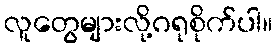
လူတွေများလို့ဂရုစိုက်ပါ။